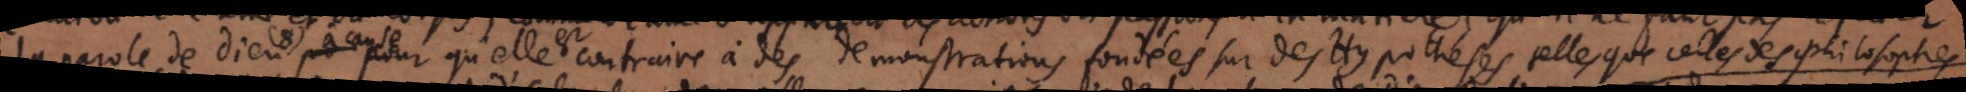
la parole de Dieu (8) à cause pour qu’elle est contraire à des demonstrations fondées sur des Hypothèses telles que celles des philosophes